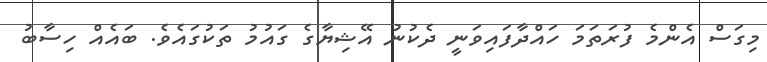
މިގަސް އެންމެ ފުރަތަމަ ހައްދާފައިވަނީ ދެކުނު އޭޝިޔާގެ ގައުމު ތަކުގައެވެ. ބައެއް ހިސާބު